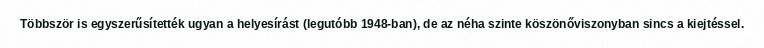
Többször is egyszerűsítették ugyan a helyesírást (legutóbb 1948-ban), de az néha szinte köszönőviszonyban sincs a kiejtéssel.